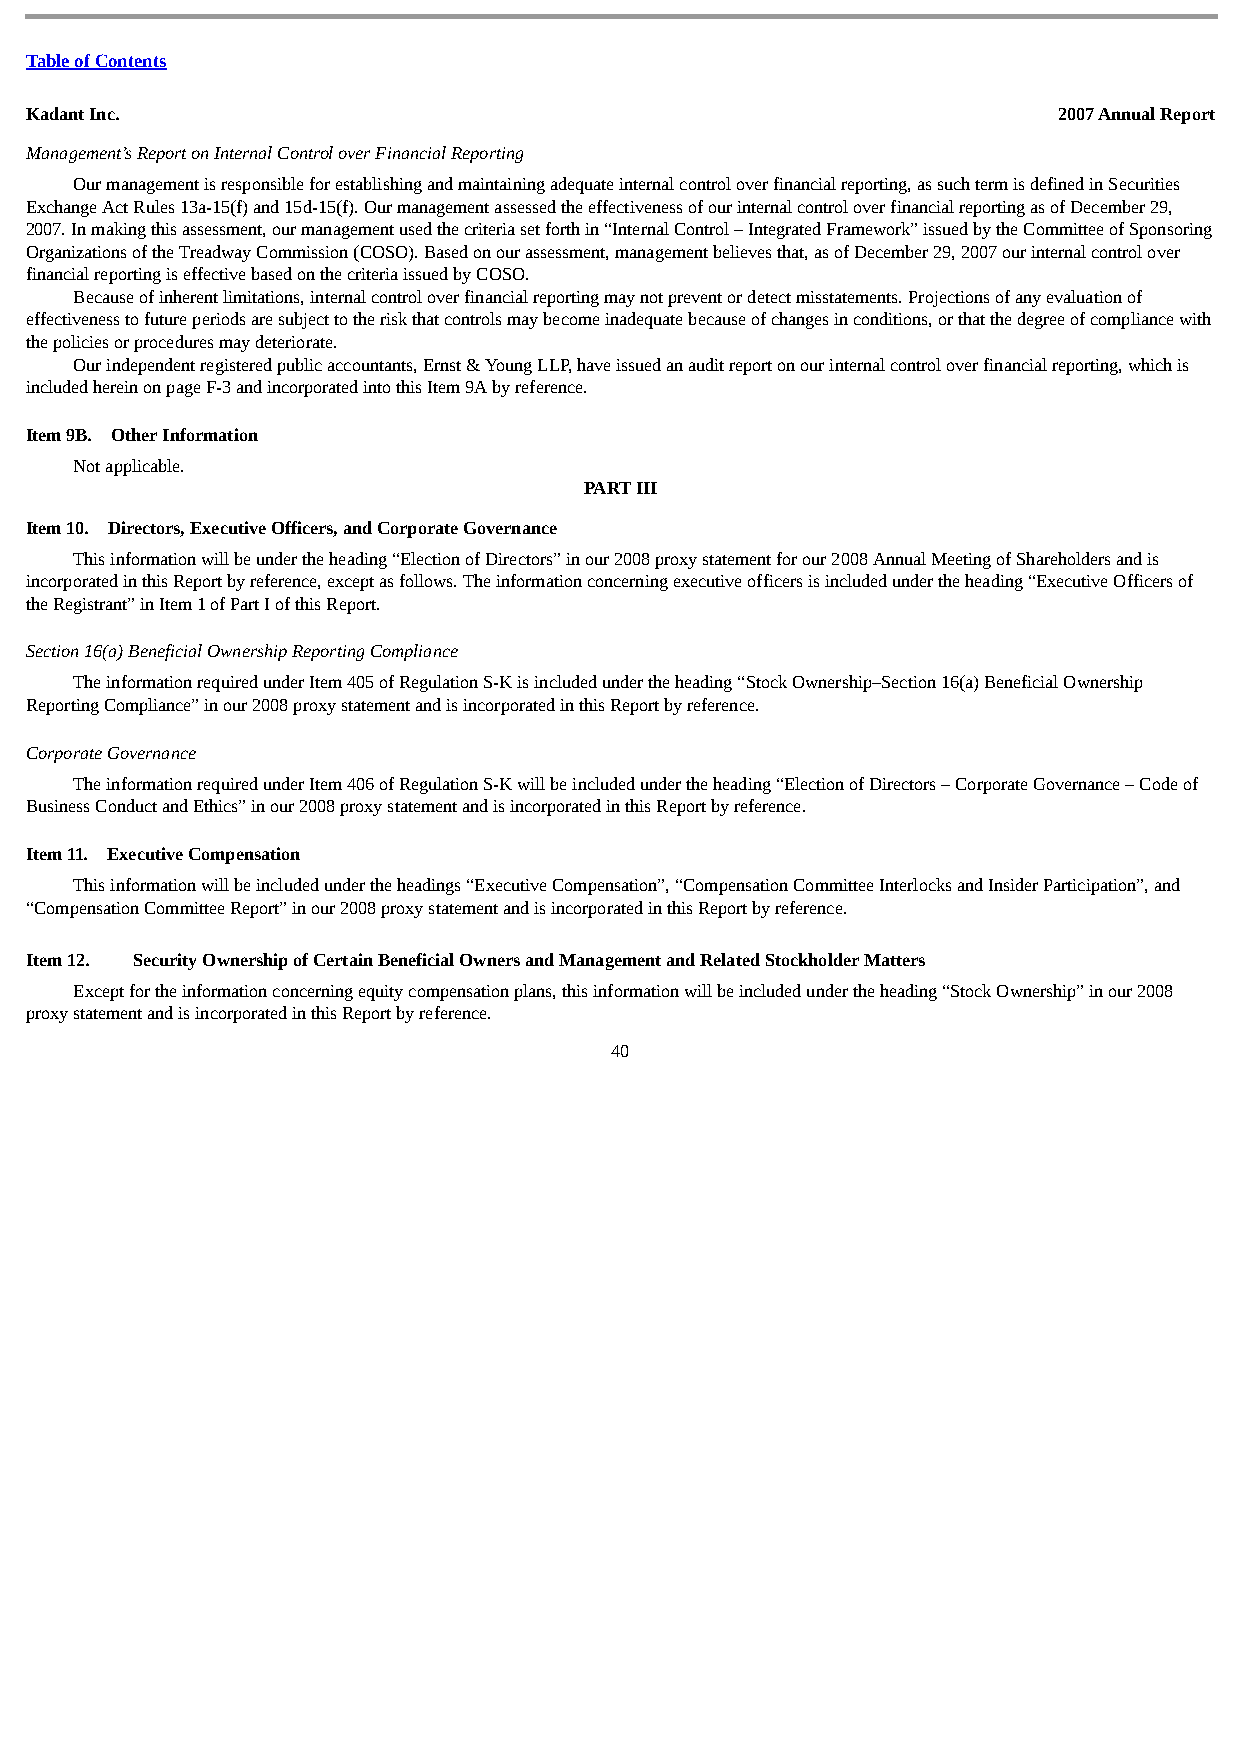
Table of Contents
 Kadant Inc.                                                         2007 Annual Report
 Management’s Report on Internal Control over Financial Reporting
 Our management is responsible for establishing and maintaining adequate internal control over financial reporting, as such term is defined in Securities
 Exchange Act Rules 13a-15(f) and 15d-15(f). Our management assessed the effectiveness of our internal control over financial reporting as of December 29,
 2007. In making this assessment, our management used the criteria set forth in “Internal Control – Integrated Framework” issued by the Committee of Sponsoring
 Organizations of the Treadway Commission (COSO). Based on our assessment, management believes that, as of December 29, 2007 our internal control over
 financial reporting is effective based on the criteria issued by COSO.
 Because of inherent limitations, internal control over financial reporting may not prevent or detect misstatements. Projections of any evaluation of
 effectiveness to future periods are subject to the risk that controls may become inadequate because of changes in conditions, or that the degree of compliance with
 the policies or procedures may deteriorate.
 Our independent registered public accountants, Ernst & Young LLP, have issued an audit report on our internal control over financial reporting, which is
 included herein on page F-3 and incorporated into this Item 9A by reference.
 Item 9B. Other Information
 Not applicable.
 PART III
 Item 10. Directors, Executive Officers, and Corporate Governance
 This information will be under the heading “Election of Directors” in our 2008 proxy statement for our 2008 Annual Meeting of Shareholders and is
 incorporated in this Report by reference, except as follows. The information concerning executive officers is included under the heading “Executive Officers of
 the Registrant” in Item 1 of Part I of this Report.
 Section 16(a) Beneficial Ownership Reporting Compliance
 The information required under Item 405 of Regulation S-K is included under the heading “Stock Ownership–Section 16(a) Beneficial Ownership
 Reporting Compliance” in our 2008 proxy statement and is incorporated in this Report by reference.
 Corporate Governance
 The information required under Item 406 of Regulation S-K will be included under the heading “Election of Directors – Corporate Governance – Code of
 Business Conduct and Ethics” in our 2008 proxy statement and is incorporated in this Report by reference.
 Item 11. Executive Compensation
 This information will be included under the headings “Executive Compensation”, “Compensation Committee Interlocks and Insider Participation”, and
 “Compensation Committee Report” in our 2008 proxy statement and is incorporated in this Report by reference.
 Item 12. Security Ownership of Certain Beneficial Owners and Management and Related Stockholder Matters
 Except for the information concerning equity compensation plans, this information will be included under the heading “Stock Ownership” in our 2008
 proxy statement and is incorporated in this Report by reference.
 40